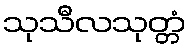
သုသီလသုတ္တံ